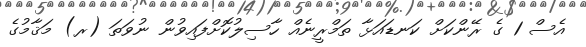
އެސް 1 ގެ ރޭންކަށް ކަނޑައަޅާ ތަމްރީނެއް ހާސިލުކޮށްފައިވުން ނުވަތަ (ރ) މަޤާމުގެ